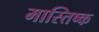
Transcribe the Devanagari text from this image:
मास्तिष्क